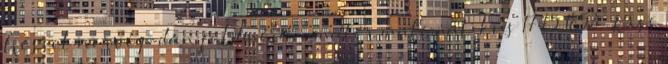
Wessel norvég-dán földmérő, amatőr matematikus 1745 1853 – Kiss